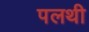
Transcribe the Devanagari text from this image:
पलथी